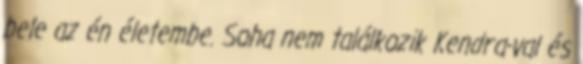
bele az én életembe. Soha nem találkozik Kendra-val és